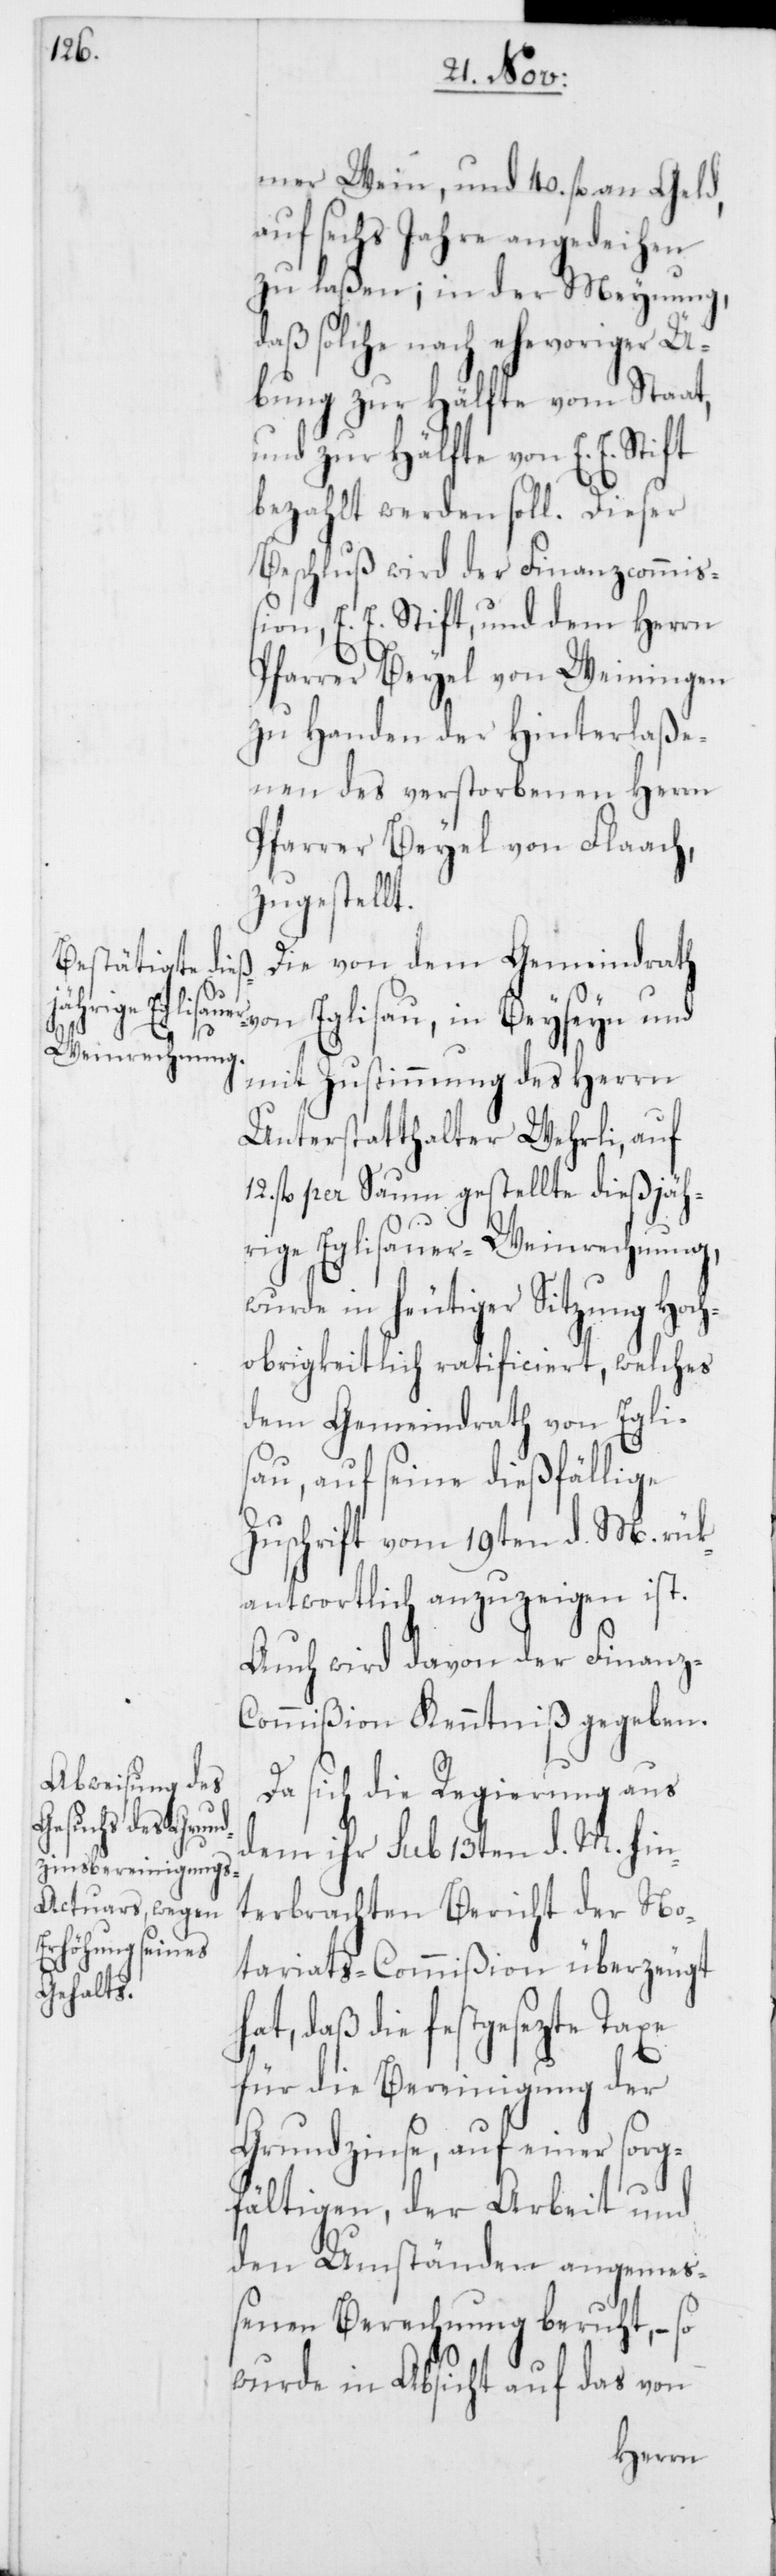
mer Wein, und 40. fl. an Geld,
auf sechs Jahre angedeihen
zu laßen; in der Meynung,
daß solche nach ehevoriger Ü¬
bung zur Hälfte vom Staat,
und zur Hälfte von E. E. Stift
bezahlt werden soll. Dieser
Beschluß wird der Finanzcommiß¬
ion, E. E. Stift, und dem Herrn
Pfarrer Beyel von Weiningen
zu Handen der Hinterlaße¬
nen des verstorbenen Herrn
Pfarrer Beyel von Flaach,
zugestellt.
Die von dem Gemeindrat¬
h von Eglisau, in Beyseyn und
mit Zustimmung des Herrn
Unterstatthalter Wehrli, auf
fl. per Saum gestellte dießjäh¬
rige Eglisauer-Weinrechnung,
wurde in heutiger Sitzung Hoc¬
hobrigkeitlich ratificiert, welches
dem Gemeindrath von Egli¬
sau, auf seine dießfällige
Zuschrift vom 19ten d. M. rük¬
antwortlich anzuzeigen ist.
Auch wird davon der Finanz¬
commißion Kenntniß gegeben.
Da sich die Regierung aus
dem ihr sub 13ten d. M. hin¬
terbrachten Bericht der No¬
tariats-Commißion überzeugt
hat, daß die festgesezte Taxe
für die Bereinigung der
Grundzinse, auf einer sorg¬
fältigen, der Arbeit und
den Umständen angemeß¬
enen Berechnung beruht, – so
wurde in Absicht auf das von